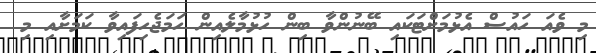
މި ވެއަ ހައުސް އެޅުމަށްޓަކައި ބޭނުންވާ ބިން ހުޅުމާލެއިން ހަމަޖެހިފައިވާ ކަމަށާއި މި